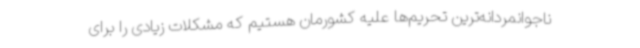
ناجوانمردانه‌ترین تحریم‌ها علیه کشورمان هستیم که مشکلات زیادی را برای